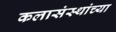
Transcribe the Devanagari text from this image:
कलासंस्थांच्या